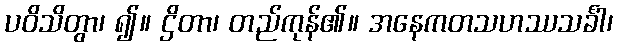
ပဝိသိတွာ၊ ၍။ ဌိတာ၊ တည်ကုန်၏။ အနေကတသဟဿသင်္ခါ၊